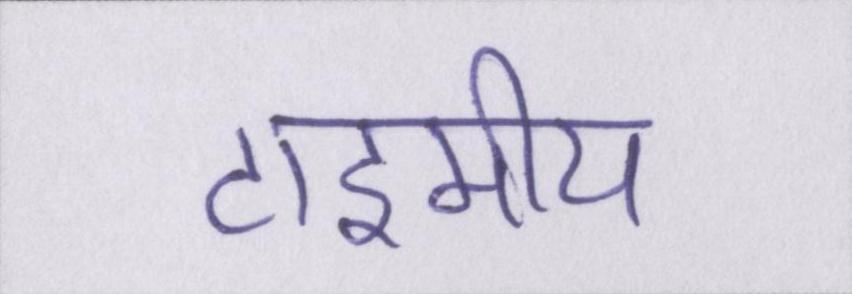
टाइमीय